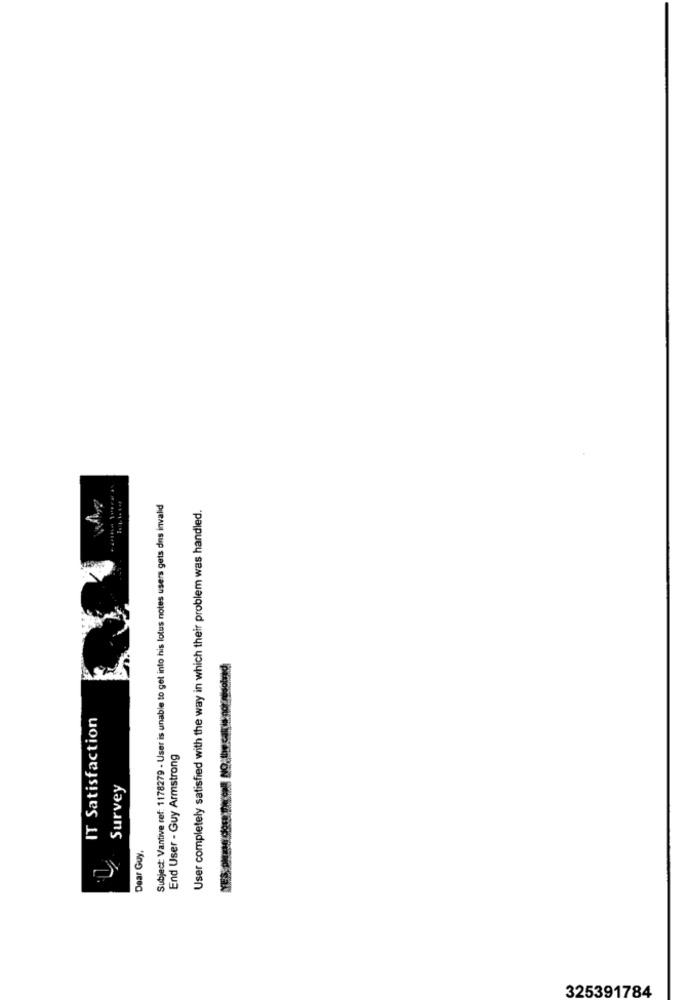
Subject: Vantive ref: 1178279 - User is unable to get into his lotus notes users gets dns invalid
User completely satisfied with the way in which their problem was handled.
NES phase docs thon NO,the cake. not robotund
IT Satisfaction
End User - Guy Armstrong
Survey
Dear Guy,
325391784